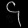
Digit: ၄